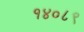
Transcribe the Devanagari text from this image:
१४०८९